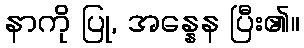
နာကို ပြု, အန္နေန ပြီး၏။